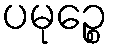
ပမုဉ္စေ